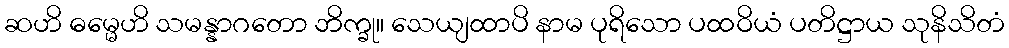
ဆဟိ ဓမ္မေဟိ သမန္နာဂတော ဘိက္ခု။ သေယျထာပိ နာမ ပုရိသော ပထဝိယံ ပတိဋ္ဌာယ သုနိသိတံ